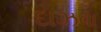
દાઝવા